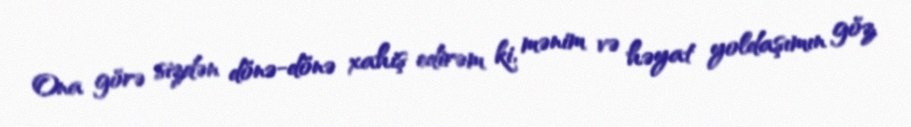
Ona görə sizdən dönə-dönə xahiş edirəm ki, mənim və həyat yoldaşımın göz